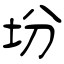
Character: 坋